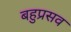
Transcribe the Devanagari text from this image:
बहुप्रसव